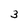
Character: 3